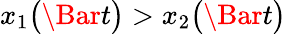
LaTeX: x_{1}\big(\Bar{t}\big)>x_{2}\big(\Bar{t}\big)